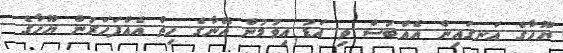
ޔޫހާގެ އަނގައިން އެއްބަސް ވި އަޑު އިވުމުން އޭނާގެ ހިތް އެއްފަހަރުން ޔޫހާގެ